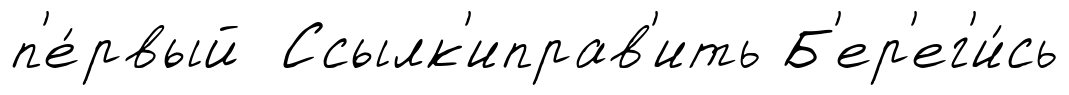
п'е́рвый Ссылк'иправ'ить Б'ер'ег'и́сь